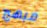
مبهج